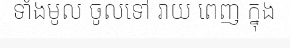
ទាំងមូល ចូលទៅ រាយ ពេញ ក្នុង